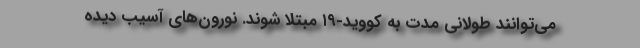
می‌توانند طولانی مدت به کووید-۱۹ مبتلا شوند. نورون‌های آسیب‌ دیده